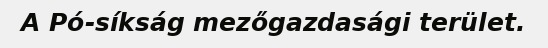
A Pó-síkság mezőgazdasági terület.